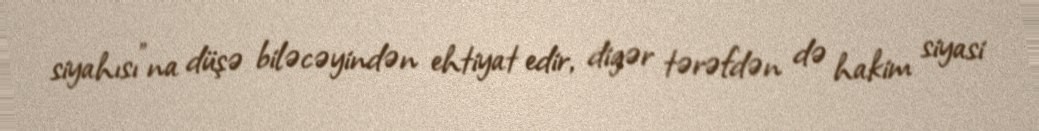
siyahısı”na düşə biləcəyindən ehtiyat edir, digər tərəfdən də hakim siyasi